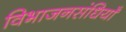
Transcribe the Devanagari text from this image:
विभाजनसंधियाँ